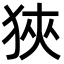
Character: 狹